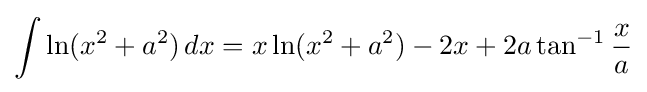
\int \ln(x^{2}+a^{2})\,dx=x\ln(x^{2}+a^{2})-2x+2a\tan ^{-1}{\frac {x}{a}}